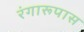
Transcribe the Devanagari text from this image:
रंगारूपास